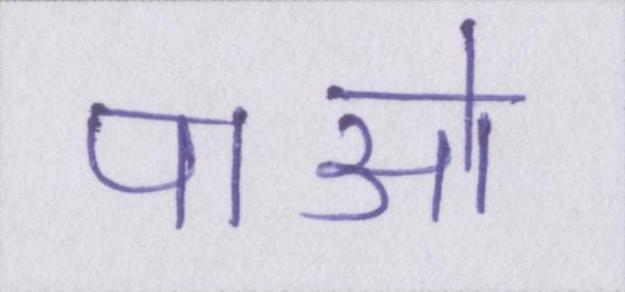
पाओ